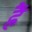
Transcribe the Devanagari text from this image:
ह्रैं